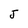
Character: J